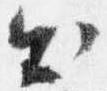
出